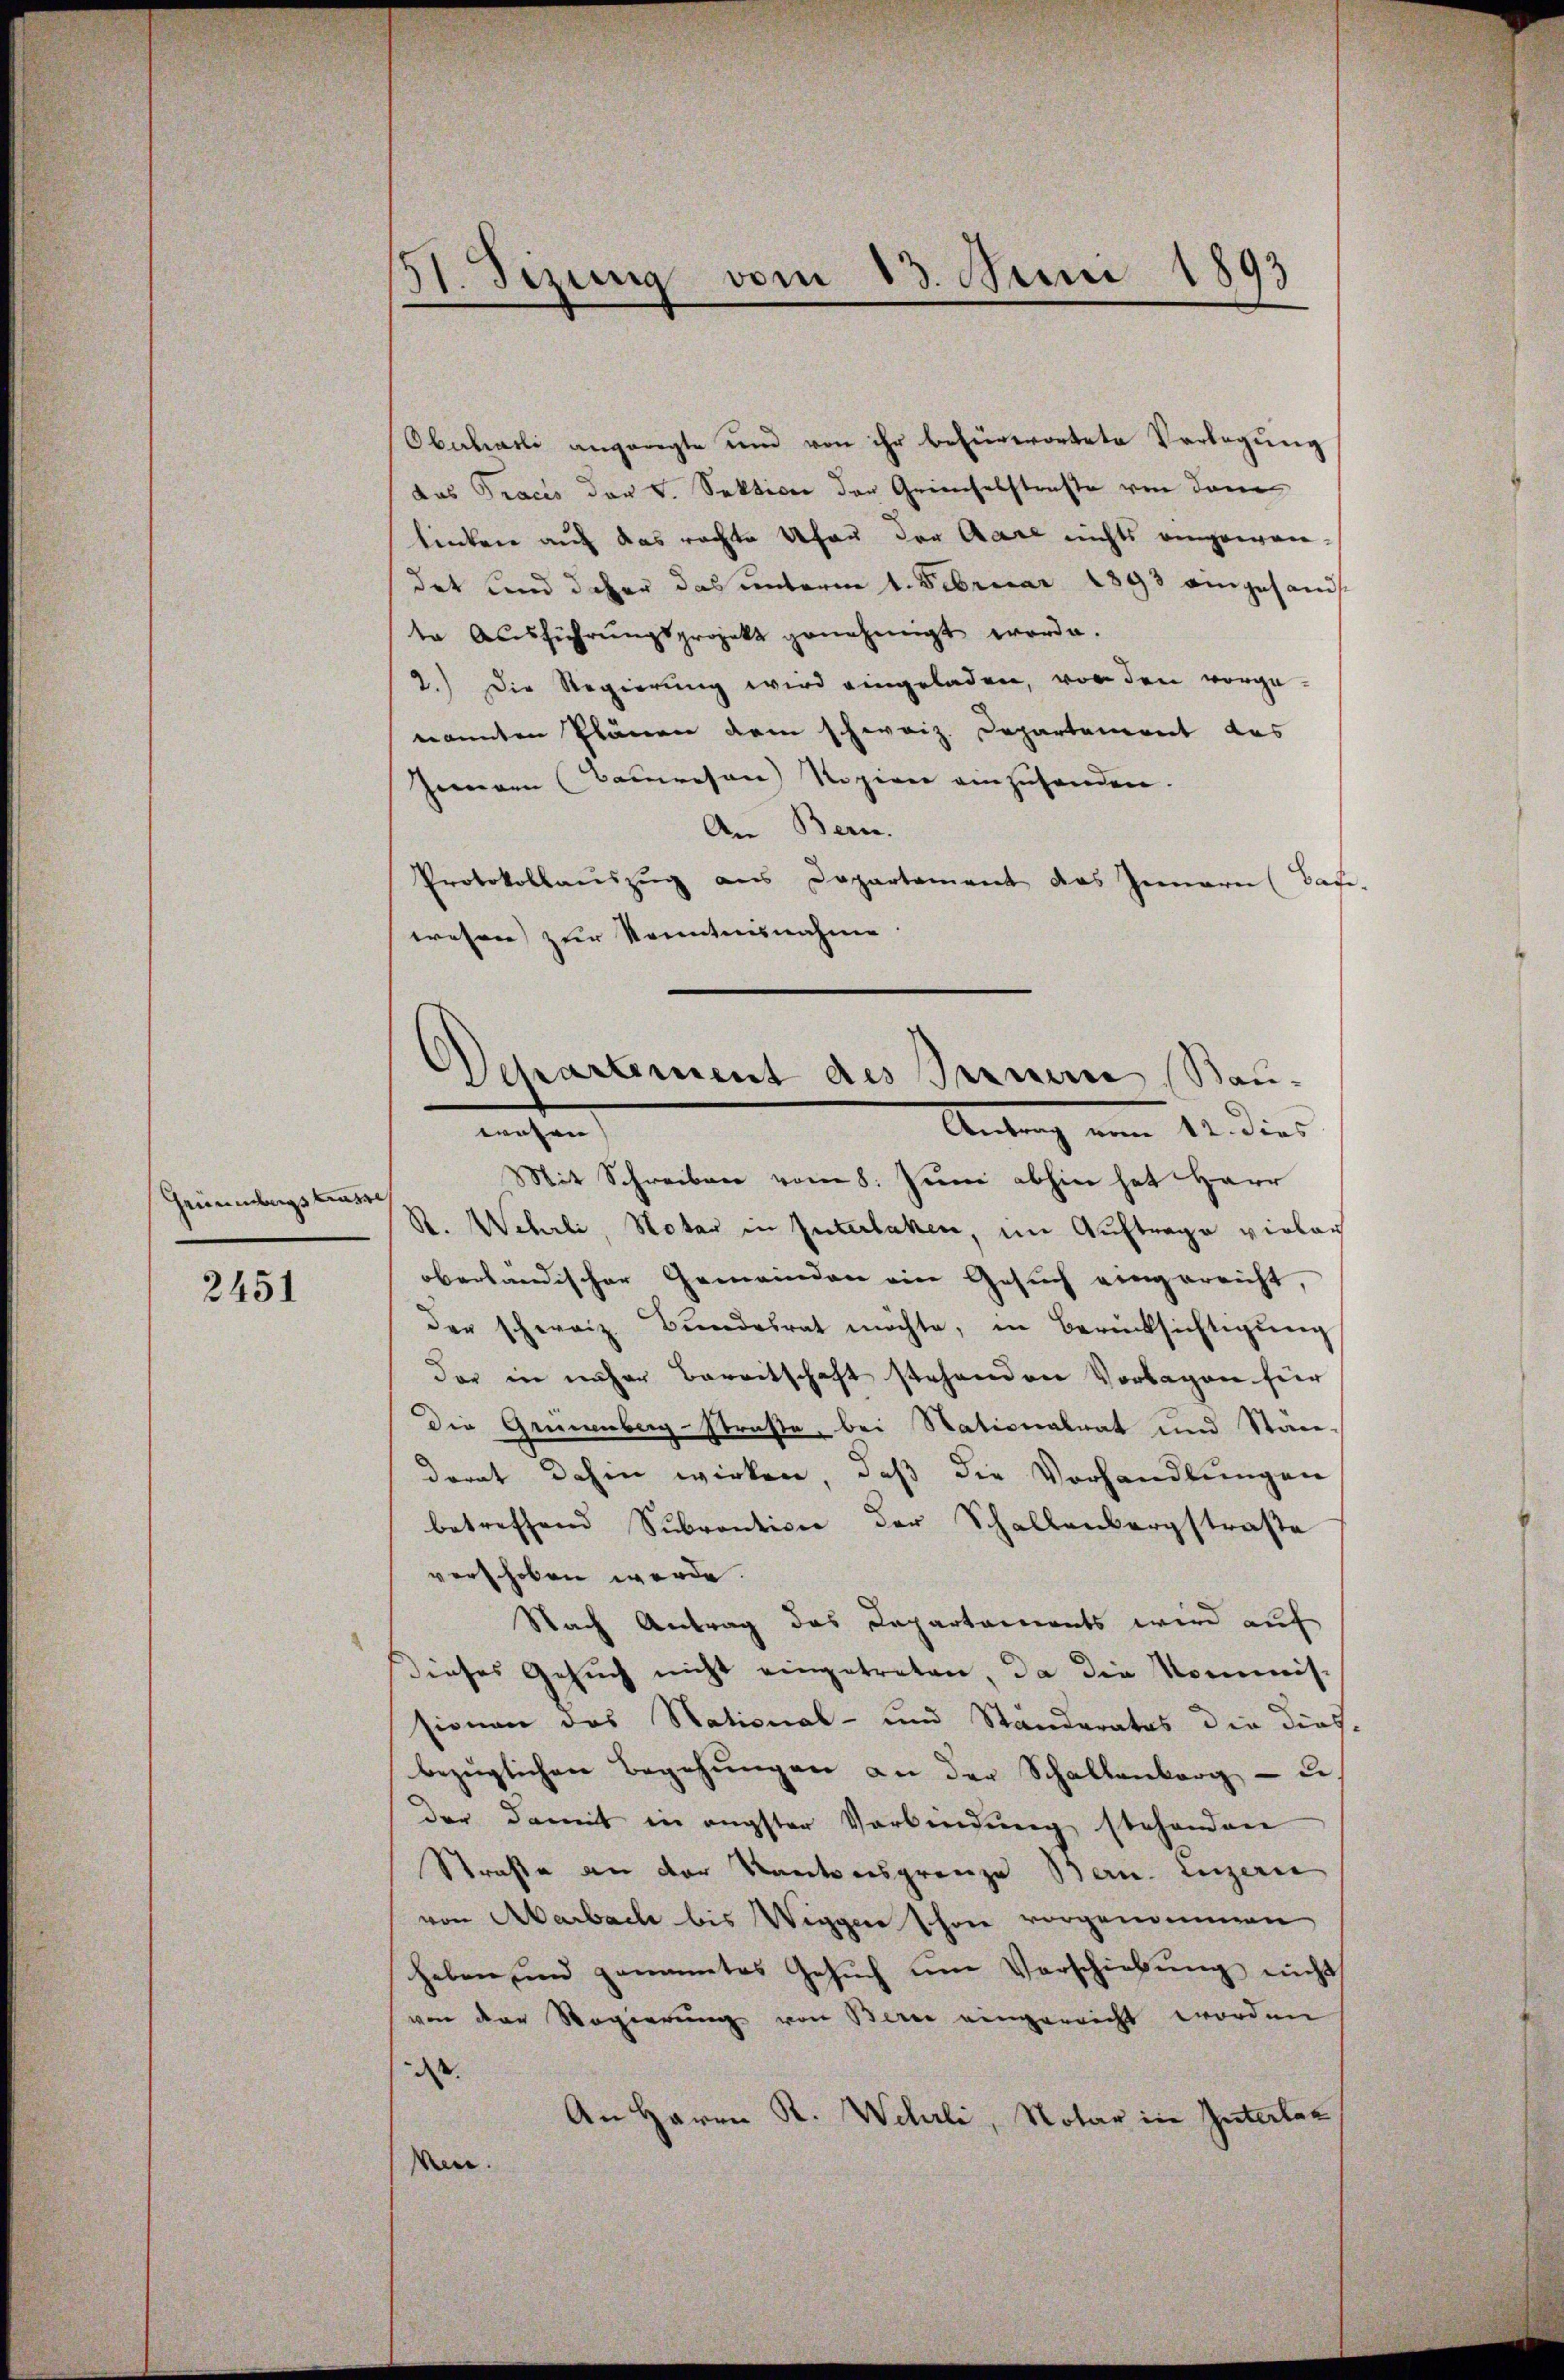
heinbergstrasse

2451

31. Sizung vom 13. Juni 1893

Oberhasli angeregte um von ihr befürwortete Vorlegung
das Traces der V. Sektion der Grieselstraße von dem
linken auf das rechte Ufer der Aare nichts angewandet und daher das unterm 1. Februar 1893 eingesandt
te Ausführungsprojekt genehmigt worde.
2.) Die Regierung wird eingeladen, von den vorge-
nannten Plänen dem schweiz. Departement das
Jemann (Comresen) Rozien einzuhanden.
An Bern.
Protokollauszug aus Departement das Innern (Bas
wesen zur Kenntnisnahme
Mit Schreiben vom 8. Juni abhin hat Herr
R. Wehrli, Notar in Interlaken, im Auftrage vielan
oberländischer Gemeinden ein Gesuch eingereicht,
der schweiz. Bundesrat möchte, in Berücksichtigung
der in näher Bereitschaft stehenden Vorlagen für
die Grünenberg-straße, bei Nationalrat und Stäge-
dorat dahin wirken, daß die Vorhandlungen
betreffend Subvention der Schallenbergstraße
verschoben werde.
Nach Antrag des Departaments wird auf
dieses Gesuch nicht eingetreten, da die Kommis-
sionen das National- und Standerates die dies
bezüglichen Begehungen an der Schallenberg - u.
der damit in engster Verbindŭng stehenden
Straße an der Kantonsgrenze Bern. Luzern
von Aarbach bis Wiggen schon vorgenommen
heben und genanntes Gesŭch ŭm Verschiebŭng nicht
von der Regierung von Berne eingereicht worden
d
An Herrn R. Wehrli, Notar in Interlan
Ven.

Departement des Bernem Bau¬
Antrag vom 12. dies
machen